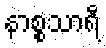
နာစ္စသာရီ